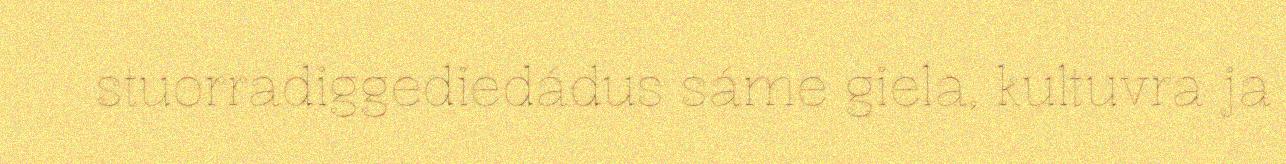
stuorradiggediedádus sáme giela, kultuvra ja